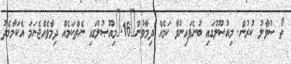
ތޯ ސުވާލު ކުރުން. މިއުޞޫލުގައި ބުނެފައިނުވާ ކަމެއް ދިމާވުން	16.	މިއޫޞުލުގައި ނެތްކަމެއް ދިމާވެއްޖެނަމަ އެކަމާމެދު